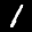
Label: 1